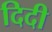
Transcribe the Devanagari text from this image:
दिदी